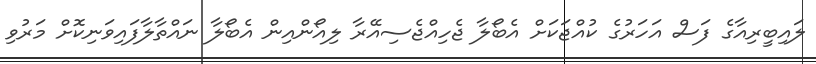
ލައިބީރިއާގެ ފަސް އަހަރުގެ ކުއްޖަކަށް އެބޯލާ ޖެހިއްޖެސިއޭރާ ލިއޯންއިން އެބޯލާ ނައްތާލާފައިވަނިކޮށް މަރުވި